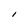
Character: I